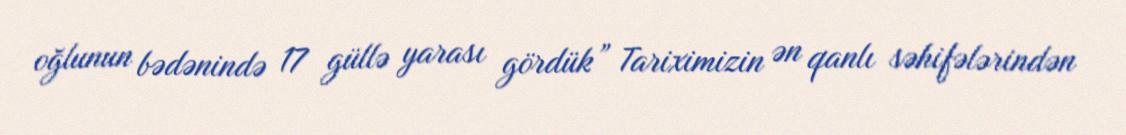
oğlunun bədənində 17 güllə yarası gördük” Tariximizin ən qanlı səhifələrindən